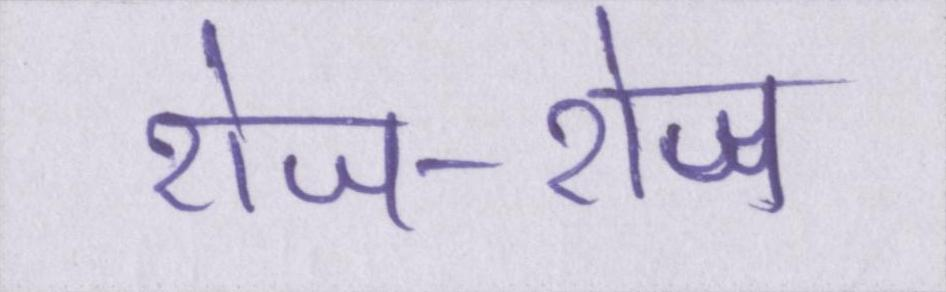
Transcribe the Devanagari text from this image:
रोज-रोज